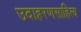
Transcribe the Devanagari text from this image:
उदाहरणसाहित्य